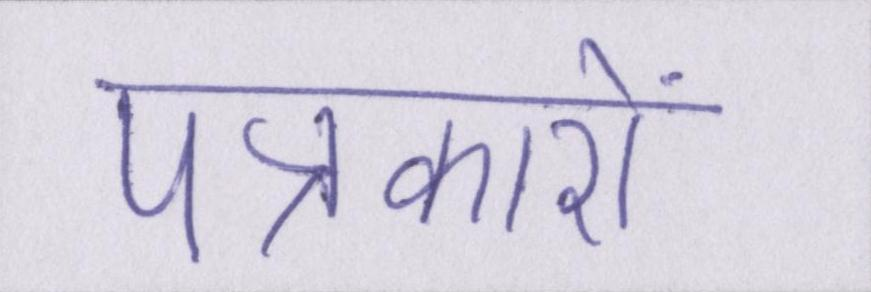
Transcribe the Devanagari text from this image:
पत्रकारों